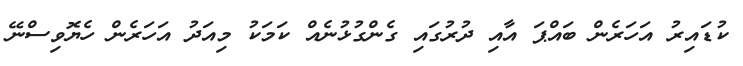
ކުޑައިރު އަހަރެން ބައްޕަ އާއި ދުރުގައި ގެންގުޅުނެއް ކަމަކު މިއަދު އަހަރެން ހެޔޮވިސްނޭ